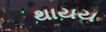
થાયય